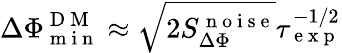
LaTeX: \Delta\Phi_{\mathrm{~m~i~n~}}^{\mathrm{~D~M~}}\approx\sqrt{2S_{\Delta\Phi}^{\mathrm{~n~o~i~s~e~}}}\tau_{\mathrm{~e~x~p~}}^{-1/2}